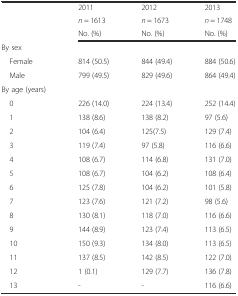
|  | 2011 | 2012 | 2013 |
 | <ROWSPAN=2>  | n = 1613 | n = 1673 | n = 1748 |
 | No. (%) | No. (%) | No. (%) |
 | --- | --- | --- | --- |
 | By sex |  |  |  |
 | Female | 814 (50.5) | 844 (49.4) | 884 (50.6) |
 | Male | 799 (49.5) | 829 (49.6) | 864 (49.4) |
 | By age (years) |  |  |  |
 | 0 | 226 (14.0) | 224 (13.4) | 252 (14.4) |
 | 1 | 138 (8.6) | 138 (8.2) | 97 (5.6) |
 | 2 | 104 (6.4) | 125(7.5) | 129 (7.4) |
 | 3 | 119 (7.4) | 97 (5.8) | 116 (6.6) |
 | 4 | 108 (6.7) | 114 (6.8) | 131 (7.0) |
 | 5 | 108 (6.7) | 104 (6.2) | 108 (6.4) |
 | 6 | 125 (7.8) | 104 (6.2) | 101 (5.8) |
 | 7 | 123 (7.6) | 121 (7.2) | 98 (5.6) |
 | 8 | 130 (8.1) | 118 (7.0) | 116 (6.6) |
 | 9 | 144 (8.9) | 123 (7.4) | 113 (6.5) |
 | 10 | 150 (9.3) | 134 (8.0) | 113 (6.5) |
 | 11 | 137 (8.5) | 142 (8.5) | 122 (7.0) |
 | 12 | 1 (0.1) | 129 (7.7) | 136 (7.8) |
 | 13 | - | - | 116 (6.6) |